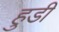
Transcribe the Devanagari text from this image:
हुडी